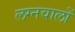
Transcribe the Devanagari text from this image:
लग्नवालों